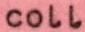
coll